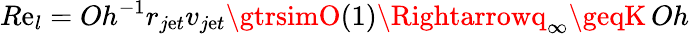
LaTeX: R\mathrm{e}_{l}=Oh^{-1}r_{j\mathrm{e}t}v_{j\mathrm{e}t}\gtrsimO(1)\Rightarrowq_{\infty}\geqK\, Oh